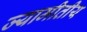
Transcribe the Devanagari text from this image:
ज्यामीतीय